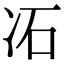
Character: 㓈